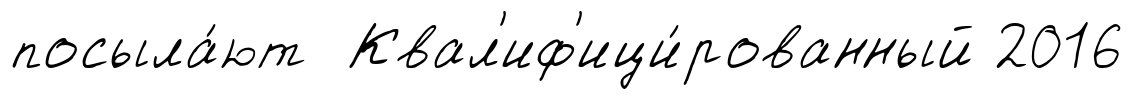
посыла́ют Квал'иф'ици́рованный 2016